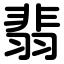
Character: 翡